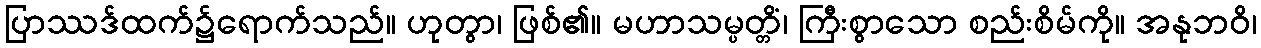
ပြာဿဒ်ထက်၌ရောက်သည်။ ဟုတွာ၊ ဖြစ်၏။ မဟာသမ္ပတ္တိံ၊ ကြီးစွာသော စည်းစိမ်ကို။ အနုဘဝိ၊